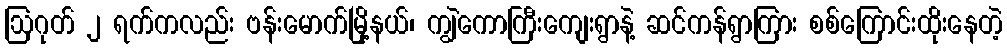
ဩဂုတ် ၂ ရက်ကလည်း ဗန်းမောက်မြို့နယ်၊ ကျွဲကောကြီးကျေးရွာနဲ့ ဆင်ကန်ရွာကြား စစ်ကြောင်းထိုးနေတဲ့